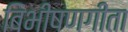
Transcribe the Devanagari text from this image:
बिभीषणगीता